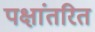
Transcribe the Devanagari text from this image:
पक्षांतरित